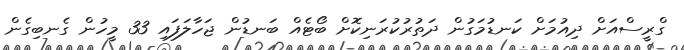
ގްރީސްއަށް ދިއުމަށް ކަނޑުމަގުން ދަތުރުކުރަނިކޮށް ބޯޓެއް ބަނޑުން ޖަހާލަފައި 33 މީހުން ގެނބިގެން